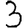
Digit: 3